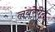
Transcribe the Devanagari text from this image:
लंबरेषेत